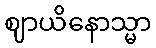
ဈာယိနောသ္မာ